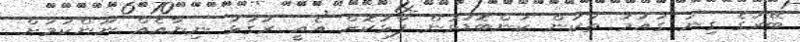
ބޭރުގެ ގިނަ ގައުމު ތަކުން ކަންބޮޑުވުން ފާޅުކޮށް އެއީ ރަގަޅު ނިޔާއެއް ނޫންކަމަށް